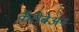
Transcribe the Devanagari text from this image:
कॅरीबेअन